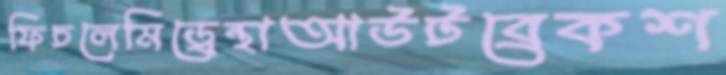
ফিচলেমিড্রেন্থাআউটব্রেকশ